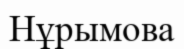
Нұрымова